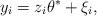
LaTeX: \begin{align*} y_i = z_i \theta^* + \xi_i,\end{align*}